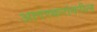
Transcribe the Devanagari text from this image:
आगरकरांवरील